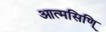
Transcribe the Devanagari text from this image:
आत्मसिणि्